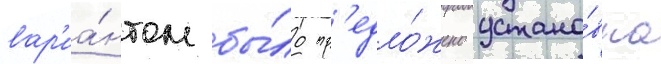
вар'иа́нтом бы́ло пр'едло́жено устано́вка